Indian journal of veterinary science and animal husbandry - Volume 13,
Year: 1943
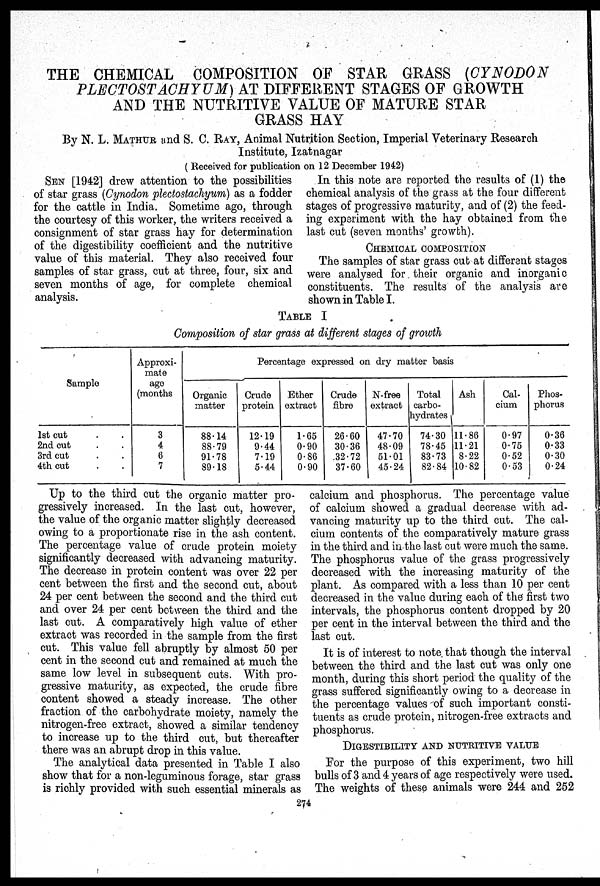
THE CHEMICAL COMPOSITION OF STAR GRASS (CYNODON
PLECTOSTACHYUM) AT DIFFERENT STAGES OF GROWTH
AND THE NUTRITIVE VALUE OF MATURE STAR
GRASS HAY
By N. L. MATHUR and S. C. RAY, Animal Nutrition Section, Imperial Veterinary Research
Institute, Izatnagar
( Received for publication on 12 December 1942)
SEN [1942] drew attention to the possibilities
of star grass (Cynodon plectostachyum) as a fodder
for the cattle in India. Sometime ago, through
the courtesy of this worker, the writers received a
consignment of star grass hay for determination
of the digestibility coefficient and the nutritive
value of this material. They also received four
samples of star grass, cut at three, four, six and
seven months of age, for complete chemical
analysis.
In this note are reported the results of (1) the
chemical analysis of the grass at the four different
stages of progressive maturity, and of (2) the feed-
ing experiment with the hay obtained from the
last cut (seven months' growth).
CHEMICAL COMPOSITION
The samples of star grass cut at different stages
were analysed for their organic and inorganic
constituents. The results of the analysis are
shown in Table I.
TABLE I
Composition of star grass at different stages of growth
Sample
1st cut . .
2nd cut . .
3rd cut . .
4th cut . .
Approxi-
mate
age
(months
3
4
6
7
Organic
matter
88.14
88.79
91.78
89.18
Percentage expressed on dry matter basis
Crude
protein
12.19
9.44
7.19
5.44
Ether
extract
1.65
0.90
0.86
0.90
Crude
fibre
26.60
30.36
32.72
37.60
N-free
extract
47.70
48.09
51.01
45.24
Total
carbo-
hydrates
74.30
78.45
83.73
82.84
Ash
11.86
11.21
8.22
10.82
Cal-
cium
0.97
0.75
0.52
0.53
Phos-
phorus
0.36
0.33
0.30
0.24
Up to the third cut the organic matter pro-
gressively increased. In the last cut, however,
the value of the organic matter slightly decreased
owing to a proportionate rise in the ash content.
The percentage value of crude protein moiety
significantly decreased with advancing maturity.
The decrease in protein content was over 22 per
cent between the first and the second cut, about
24 per cent between the second and the third cut
and over 24 per cent between the third and the
last cut. A comparatively high value of ether
extract was recorded in the sample from the first
cut. This value fell abruptly by almost 50 per
cent in the second cut and remained at much the
same low level in subsequent cuts. With pro-
gressive maturity, as expected, the crude fibre
content showed a steady increase. The other
fraction of the carbohydrate moiety, namely the
nitrogen-free extract, showed a similar tendency
to increase up to the third cut, but thereafter
there was an abrupt drop in this value.
The analytical data presented in Table I also
show that for a non-leguminous forage, star grass
is richly provided with such essential minerals as
calcium and phosphorus. The percentage value
of calcium showed a gradual decrease with ad-
vancing maturity up to the third cut. The cal-
cium contents of the comparatively mature grass
in the third and in the last cut were much the same.
The phosphorus value of the grass progressively
decreased with the increasing maturity of the
plant. As compared with a less than 10 per cent
decreased in the value during each of the first two
intervals, the phosphorus content dropped by 20
per cent in the interval between the third and the
last cut.
It is of interest to note that though the interval
between the third and the last cut was only one
month, during this short period the quality of the
grass suffered significantly owing to a decrease in
the percentage values of such important consti-
tuents as crude protein, nitrogen-free extracts and
phosphorus.
DIGESTIBILITY AND NUTRITIVE VALUE
For the purpose of this experiment, two hill
bulls of 3 and 4 years of age respectively were used.
The weights of these animals were 244 and 252
274